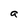
Character: a